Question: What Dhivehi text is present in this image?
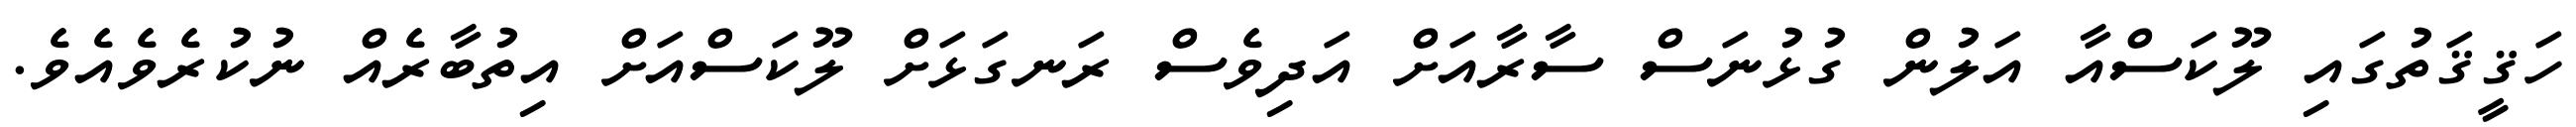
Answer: ހަޤީޤަތުގައި ލޫކަސްއާ އަލުން ގުޅުނަސް ސާރާއަށް އަދިވެސް ރަނގަޅަށް ލޫކަސްއަށް އިތުބާރެއް ނުކުރެވެއެވެ.